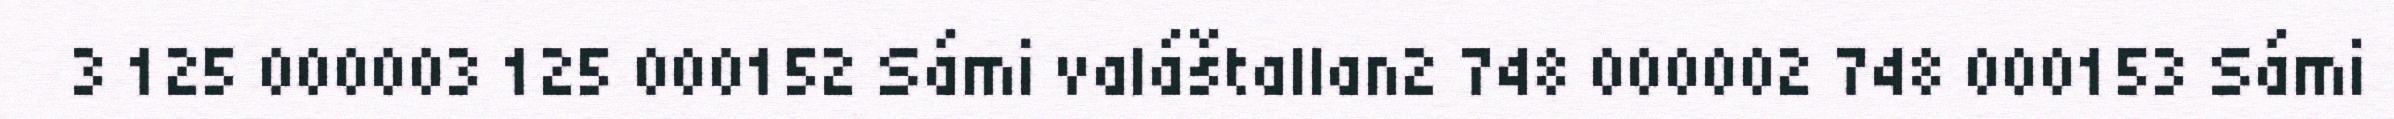
3 125 000003 125 000152 Sámi valáštallan2 748 000002 748 000153 Sámi